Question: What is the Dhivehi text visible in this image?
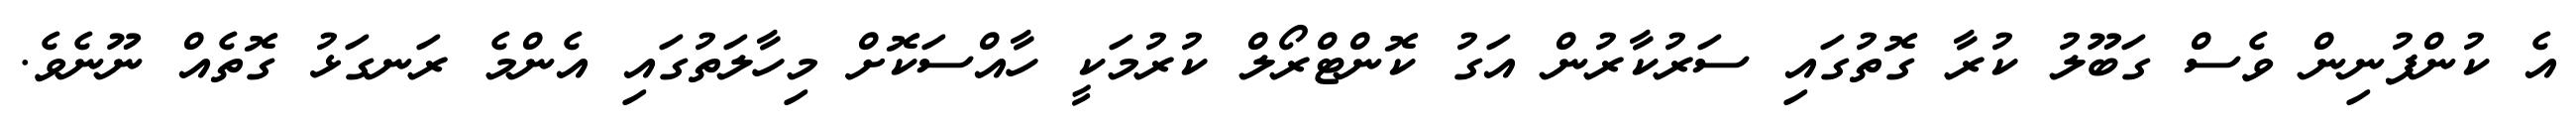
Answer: އެ ކުންފުނިން ވެސް ގަބޫލު ކުރާ ގޮތުގައި ސަރުކާރުން އަގު ކޮންޓްރޯލް ކުރުމަކީ ހާއްސަކޮށް މިހާލަތުގައި އެންމެ ރަނގަޅު ގޮތެއް ނޫނެވެ.